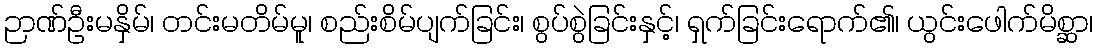
ဉာဏ်ဦးမနှိမ်၊ တင်းမတိမ်မူ၊ စည်းစိမ်ပျက်ခြင်း၊ စွပ်စွဲခြင်းနှင့်၊ ရှက်ခြင်းရောက်၏၊ ယွင်းဖေါက်မိစ္ဆာ၊